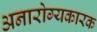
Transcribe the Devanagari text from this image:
अनारोग्यकारक